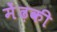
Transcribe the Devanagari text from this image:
मेंढ़की